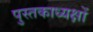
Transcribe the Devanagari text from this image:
पुस्तकाध्यक्षों